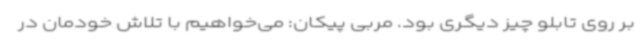
بر روی تابلو چیز دیگری بود. مربی پیکان: می‌خواهیم با تلاش خودمان در